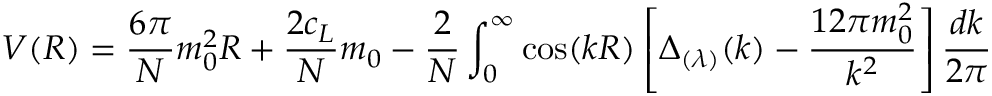
V ( R ) = \frac { 6 \pi } N m _ { 0 } ^ { 2 } R + \frac { 2 c _ { L } } N m _ { 0 } - \frac 2 N \int _ { 0 } ^ { \infty } \cos ( k R ) \left[ \Delta _ { ( \lambda ) } ( k ) - \frac { 1 2 \pi m _ { 0 } ^ { 2 } } { k ^ { 2 } } \right] \frac { d k } { 2 \pi }